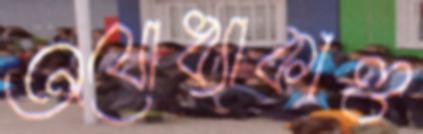
অযোধ্যাকাণ্ড